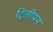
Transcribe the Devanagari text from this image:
ट्रिलीयन